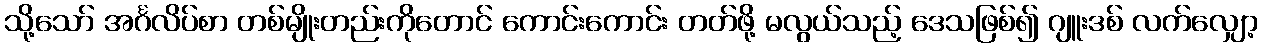
သို့သော် အင်္ဂလိပ်စာ တစ်မျိုးတည်းကိုတောင် ကောင်းကောင်း တတ်ဖို့ မလွယ်သည့် ဒေသဖြစ်၍ ဂျူးဒစ် လက်လျှော့